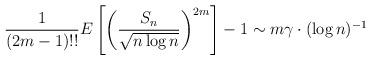
LaTeX: \begin{align*}\frac{1}{ (2m-1)!! } E\left[\left(\dfrac{S_n}{\sqrt{n \log n}}\right)^{2m} \right]- 1 \sim m \gamma \cdot (\log n)^{-1} \end{align*}